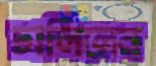
ঢালিলেন